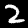
Digit: 2